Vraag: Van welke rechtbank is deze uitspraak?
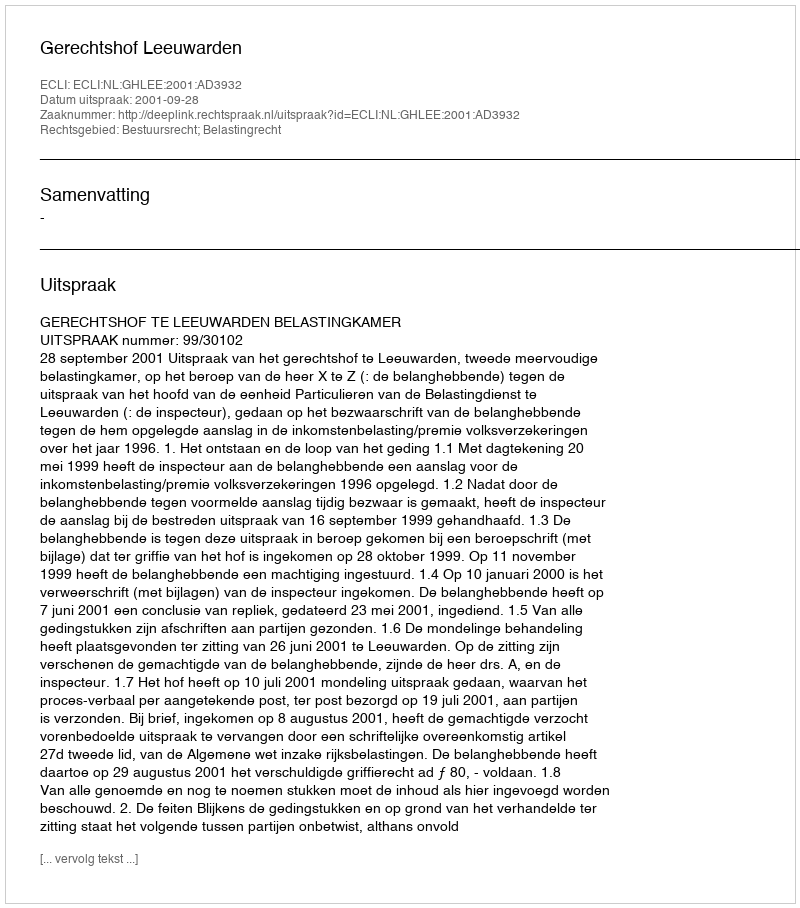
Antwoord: Gerechtshof Leeuwarden